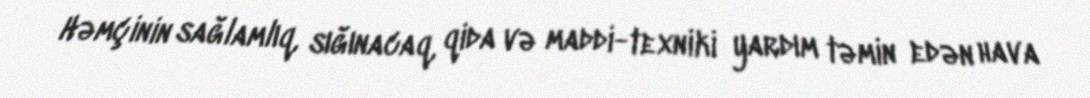
Həmçinin sağlamlıq, sığınacaq, qida və maddi-texniki yardım təmin edən hava